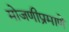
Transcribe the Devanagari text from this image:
मोजणीप्रमाणे